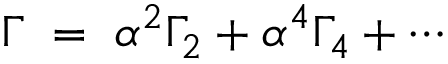
\Gamma \; = \; \alpha ^ { 2 } \Gamma _ { 2 } + \alpha ^ { 4 } \Gamma _ { 4 } + \cdots